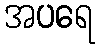
အပရေ